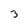
Character: 3